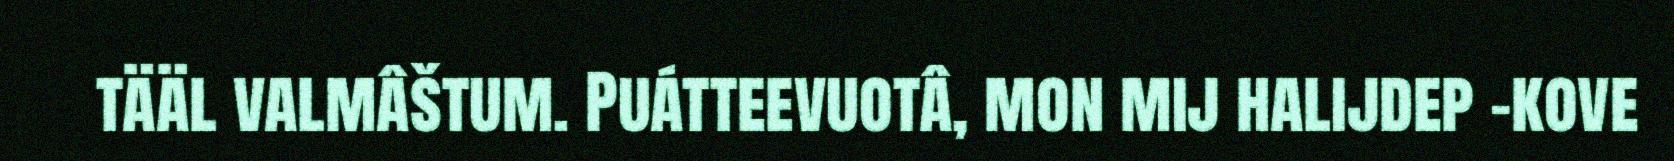
tääl valmâštum. Puátteevuotâ, mon mij halijdep -kove